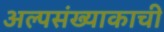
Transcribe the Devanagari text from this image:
अल्पसंख्याकाची